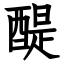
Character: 醍